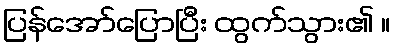
ပြန်အော်ပြောပြီး ထွက်သွား၏ ။